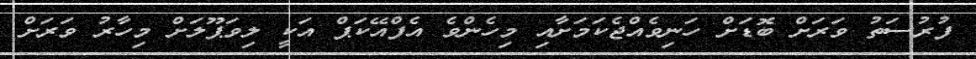
ފުރުސަތު ވަރަށް ބޮޑަށް ހަނިވެއްޖެކަމަށާއި މިހެންވެ އެފްއޭކަޕް އަކީ ލިވަޕޫލަށް މިހާރު ވަރަށް